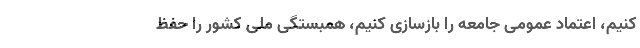
کنیم، اعتماد عمومی جامعه را بازسازی کنیم، همبستگی ملی کشور را حفظ